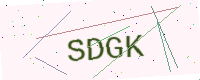
Text: SDGK